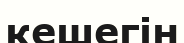
кешегін